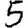
Digit: 5